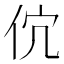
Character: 𬽶